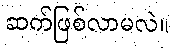
ဆက်ဖြစ်လာမလဲ။